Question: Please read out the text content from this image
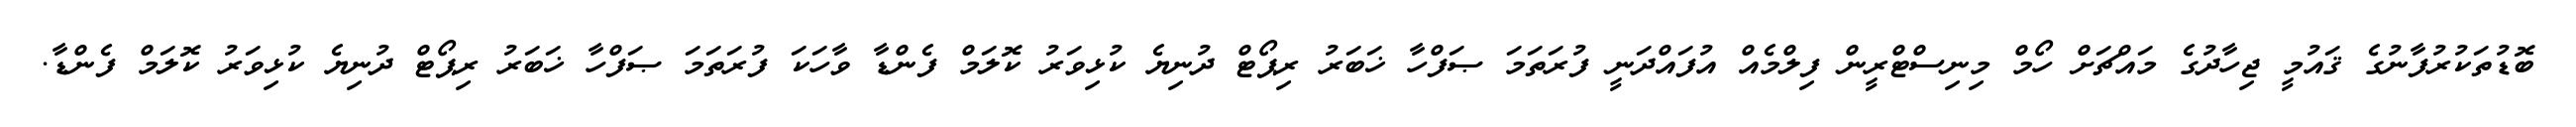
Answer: ބޮޑުތަކުރުފާނުގެ ޤައުމީ ޖިހާދުގެ މައްޗަށް ހޯމް މިނިސްޓްރީން ފިލްމެއް އުފައްދަނީ ފުރަތަމަ ޞަފްހާ ޚަބަރު ރިޕޯޓް ދުނިޔެ ކުޅިވަރު ކޮލަމް ފެންޑާ ވާހަކަ ފުރަތަމަ ޞަފްހާ ޚަބަރު ރިޕޯޓް ދުނިޔެ ކުޅިވަރު ކޮލަމް ފެންޑާ.